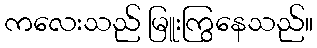
ကလေးသည် မြူးကြွနေသည်။